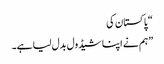
“ پاکستان کی
”ہم نے اپنا شیڈول بدل لیا ہے۔